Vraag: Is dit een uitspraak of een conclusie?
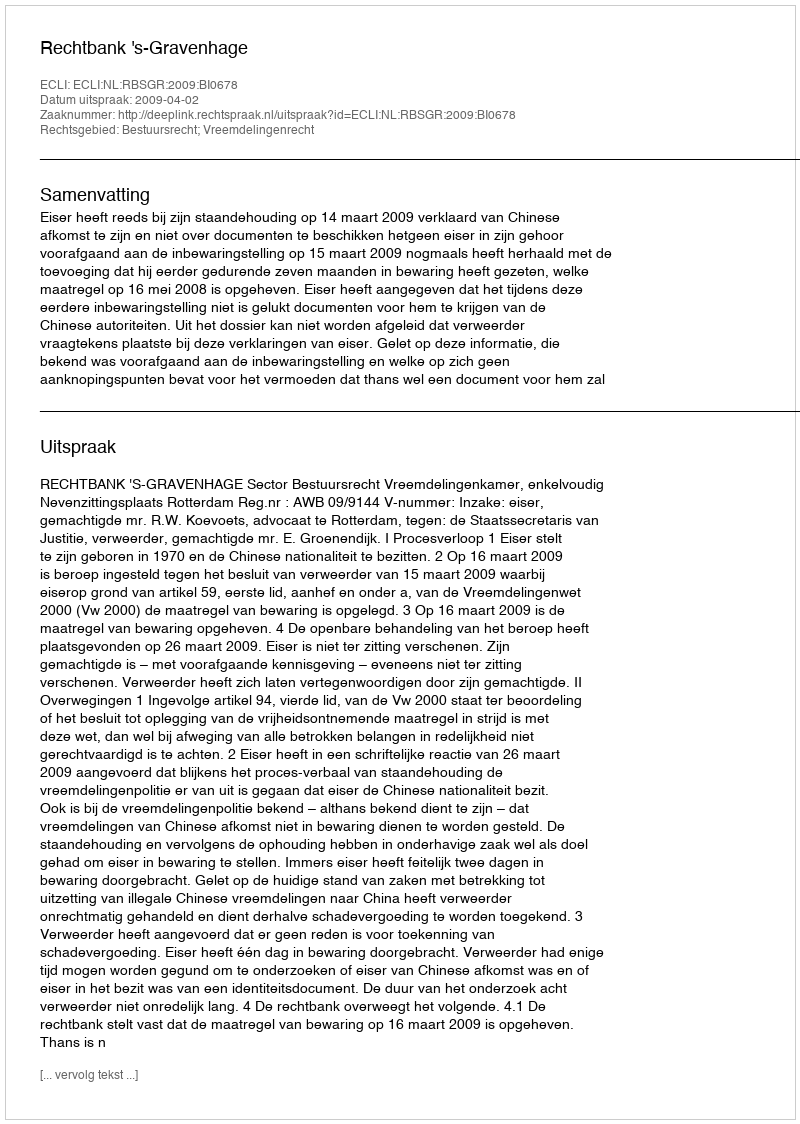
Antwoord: Uitspraak